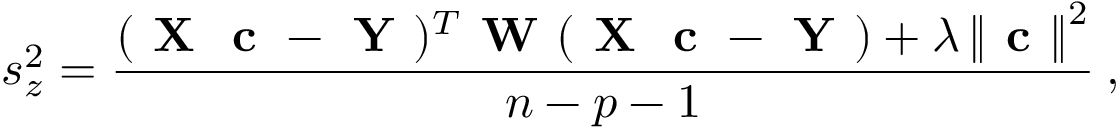
s _ { z } ^ { 2 } = \frac { ( \textbf { X } \textbf { c } - \textbf { Y } ) ^ { T } \textbf { W } ( \textbf { X } \textbf { c } - \textbf { Y } ) + \lambda \left\| \textbf { c } \right\| ^ { 2 } } { n - p - 1 } \: ,